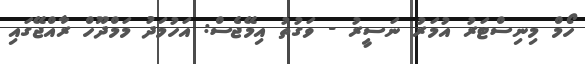
ހޯމް މިނިސްޓަރު އުމަރު ނަސީރު - ވަގުތު އިމޭޖެސް: އަހުމަދު މަމްދޫހް ރާއްޖޭގައި